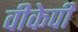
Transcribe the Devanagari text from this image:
वीकेपी